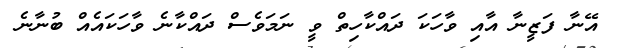
އޭނާ ފަޒީނާ އާއި ވާހަކަ ދައްކާހިތް ވީ ނަމަވެސް ދައްކާނެ ވާހަކައެއް ބުނާނެ